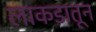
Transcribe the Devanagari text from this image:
लाकडातून